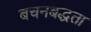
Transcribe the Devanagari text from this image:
बचनबद्धता